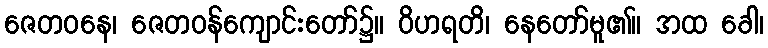
ဇေတဝနေ၊ ဇေတဝန်ကျောင်းတော်၌။ ဝိဟရတိ၊ နေတော်မူ၏။ အထ ခေါ၊